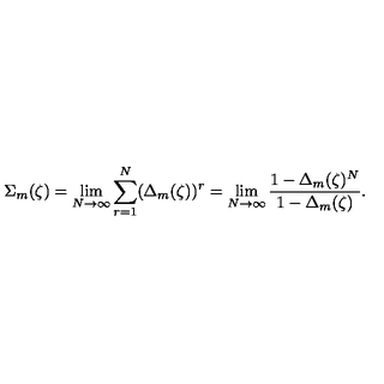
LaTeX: \Sigma _ { m } ( \zeta ) = \lim _ { N \rightarrow \infty } \sum _ { r = 1 } ^ { N } ( \Delta _ { m } ( \zeta ) ) ^ { r } = \lim _ { N \rightarrow \infty } { \frac { 1 - \Delta _ { m } ( \zeta ) ^ { N } } { 1 - \Delta _ { m } ( \zeta ) } } .